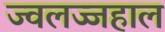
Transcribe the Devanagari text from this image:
ज्वलज्जहाल